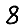
Digit: 8